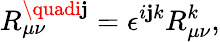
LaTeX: R_{\mu\nu}^{\quadi\mathbf{j}}=\epsilon^{i\mathbf{j}k}R_{\mu\nu}^{k},